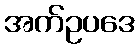
အက်ဥပဒေ